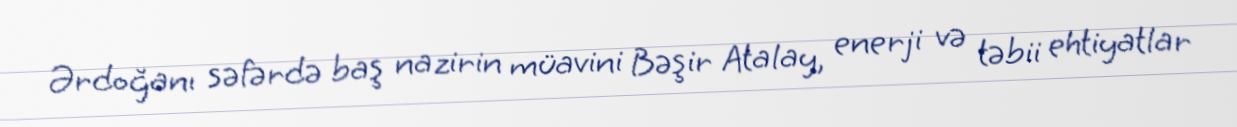
Ərdoğanı səfərdə baş nazirin müavini Bəşir Atalay, enerji və təbii ehtiyatlar